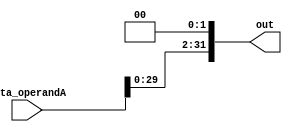
module sll_2(data_operandA, out); 
    
    input [31:0] data_operandA; 
    output [31:0] out;
    assign out = {data_operandA[29:0], 2'b0};

endmodule